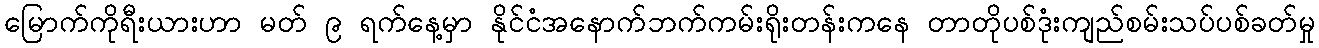
မြောက်ကိုရီးယားဟာ မတ် ၉ ရက်နေ့မှာ နိုင်ငံအနောက်ဘက်ကမ်းရိုးတန်းကနေ တာတိုပစ်ဒုံးကျည်စမ်းသပ်ပစ်ခတ်မှု